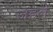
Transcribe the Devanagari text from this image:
जहले